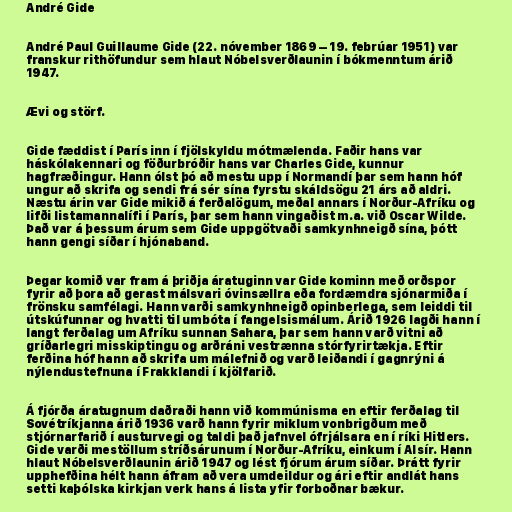
André Gide

André Paul Guillaume Gide (22. nóvember 1869 – 19. febrúar 1951) var
franskur rithöfundur sem hlaut Nóbelsverðlaunin í bókmenntum árið
1947.

Ævi og störf.

Gide fæddist í París inn í fjölskyldu mótmælenda. Faðir hans var
háskólakennari og föðurbróðir hans var Charles Gide, kunnur
hagfræðingur. Hann ólst þó að mestu upp í Normandí þar sem hann hóf
ungur að skrifa og sendi frá sér sína fyrstu skáldsögu 21 árs að aldri.
Næstu árin var Gide mikið á ferðalögum, meðal annars í Norður-Afríku og
lifði listamannalífi í París, þar sem hann vingaðist m.a. við Oscar Wilde.
Það var á þessum árum sem Gide uppgötvaði samkynhneigð sína, þótt
hann gengi síðar í hjónaband.

Þegar komið var fram á þriðja áratuginn var Gide kominn með orðspor
fyrir að þora að gerast málsvari óvinsællra eða fordæmdra sjónarmiða í
frönsku samfélagi. Hann varði samkynhneigð opinberlega, sem leiddi til
útskúfunnar og hvatti til umbóta í fangelsismálum. Árið 1926 lagði hann í
langt ferðalag um Afríku sunnan Sahara, þar sem hann varð vitni að
gríðarlegri misskiptingu og arðráni vestrænna stórfyrirtækja. Eftir
ferðina hóf hann að skrifa um málefnið og varð leiðandi í gagnrýni á
nýlendustefnuna í Frakklandi í kjölfarið.

Á fjórða áratugnum daðraði hann við kommúnisma en eftir ferðalag til
Sovétríkjanna árið 1936 varð hann fyrir miklum vonbrigðum með
stjórnarfarið í austurvegi og taldi það jafnvel ófrjálsara en í ríki Hitlers.
Gide varði mestöllum stríðsárunum í Norður-Afríku, einkum í Alsír. Hann
hlaut Nóbelsverðlaunin árið 1947 og lést fjórum árum síðar. Þrátt fyrir
upphefðina hélt hann áfram að vera umdeildur og ári eftir andlát hans
setti kaþólska kirkjan verk hans á lista yfir forboðnar bækur.